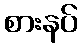
စားနပ်